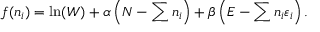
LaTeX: f ( n _ { i } ) = \ln ( W ) + \alpha \left( N - \sum n _ { i } \right) + \beta \left( E - \sum n _ { i } \varepsilon _ { i } \right) .